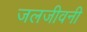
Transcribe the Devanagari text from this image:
जलजीवनी